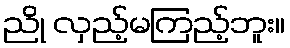
ညို လှည့်မကြည့်ဘူး။